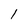
Character: 1